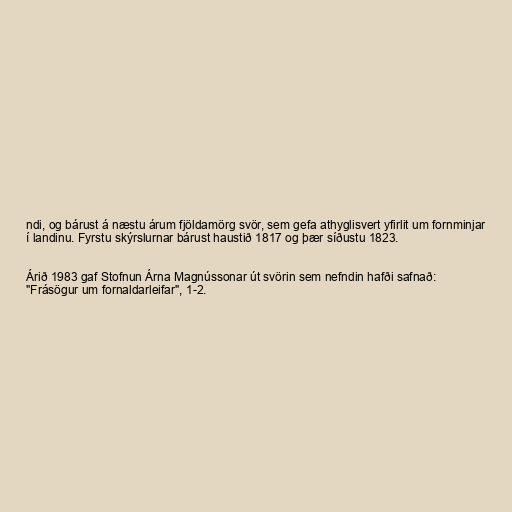
ndi, og bárust á næstu árum fjöldamörg svör, sem gefa athyglisvert yfirlit um fornminjar
í landinu. Fyrstu skýrslurnar bárust haustið 1817 og þær síðustu 1823.

Árið 1983 gaf Stofnun Árna Magnússonar út svörin sem nefndin hafði safnað:
"Frásögur um fornaldarleifar", 1-2.